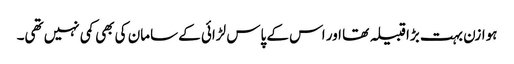
ہوازن بہت بڑا قبیلہ تھا اور اس کے پاس لڑائی کے سامان کی بھی کمی نہیں تھی۔